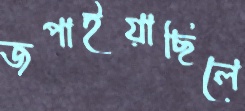
জপাইয়াছিলে